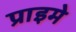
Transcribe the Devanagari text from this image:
प्राइमे